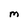
Character: M